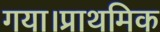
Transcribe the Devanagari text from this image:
गया।प्राथमिक